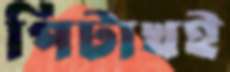
পিটাখই